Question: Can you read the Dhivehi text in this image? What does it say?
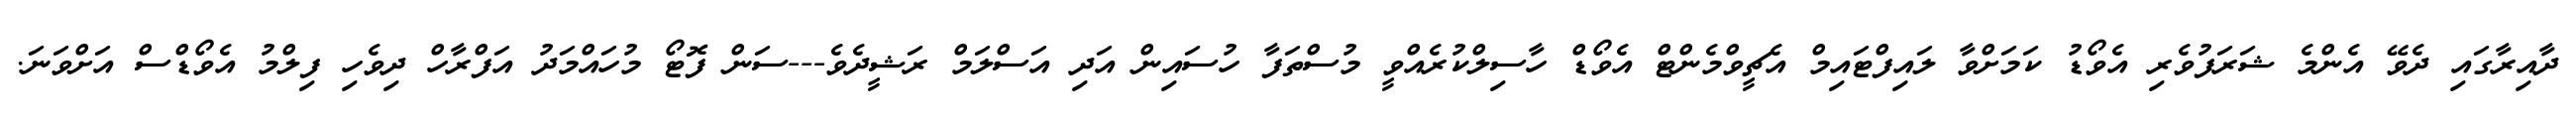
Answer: ދާއިރާގައި ދެވޭ އެންމެ ޝަރަފުވެރި އެވޯޑު ކަމަށްވާ ލައިފްޓައިމް އެޗީވްމެންޓް އެވޯޑް ހާސިލްކުރެއްވީ މުސްތަފާ ހުސައިން އަދި އަސްލަމް ރަޝީދެވެ---ސަން ފޮޓޯ މުހައްމަދު އަފްރާހް ދިވެހި ފިލްމު އެވޯޑްސް އަށްވަނަ.